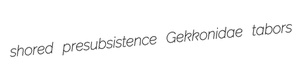
shored presubsistence Gekkonidae tabors